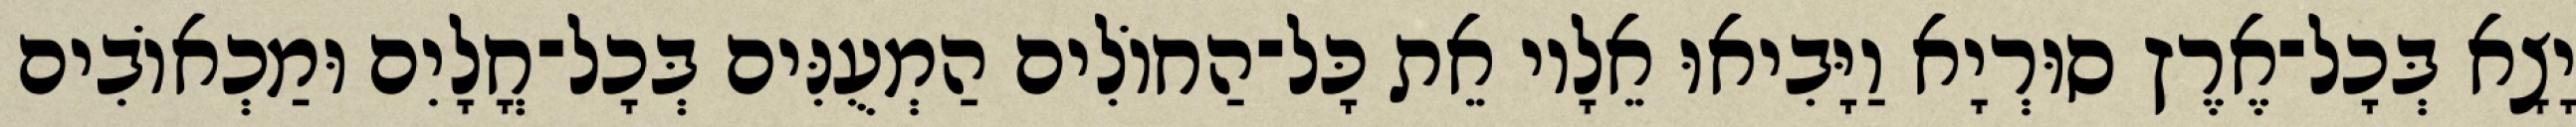
יָצָא בְּכָל־אֶרֶץ סוּרְיָא וַיָּבִיאוּ אֵלָיו אֵת כָּל־הַחוֹלִים הַמְעֻנִּים בְּכָל־חֳלָיִם וּמַכְאוֹבִים